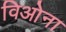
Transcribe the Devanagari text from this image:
विओना